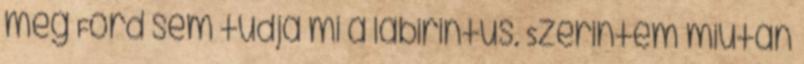
még Ford sem tudja mi a labirintus. Szerintem miután